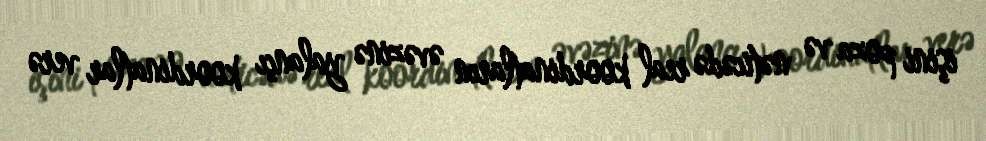
işini poza və nəticədə real koordinatların əvəzinə yalançı koordinatlar verə